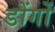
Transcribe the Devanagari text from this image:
डोंगों